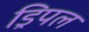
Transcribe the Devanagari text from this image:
ड्रिपल